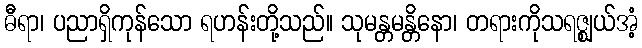
ဓီရာ၊ ပညာရှိကုန်သော ရဟန်းတို့သည်။ သုမန္တမန္တိနော၊ တရားကိုသရဇ္ဈယ်အံ့